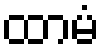
ထာမံ